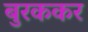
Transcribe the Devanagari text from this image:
बुरककर